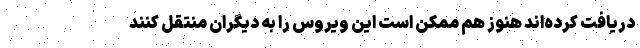
دریافت کرده‌اند هنوز هم ممکن است این ویروس را به دیگران منتقل کنند